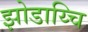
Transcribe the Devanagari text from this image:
झोडाय्चि